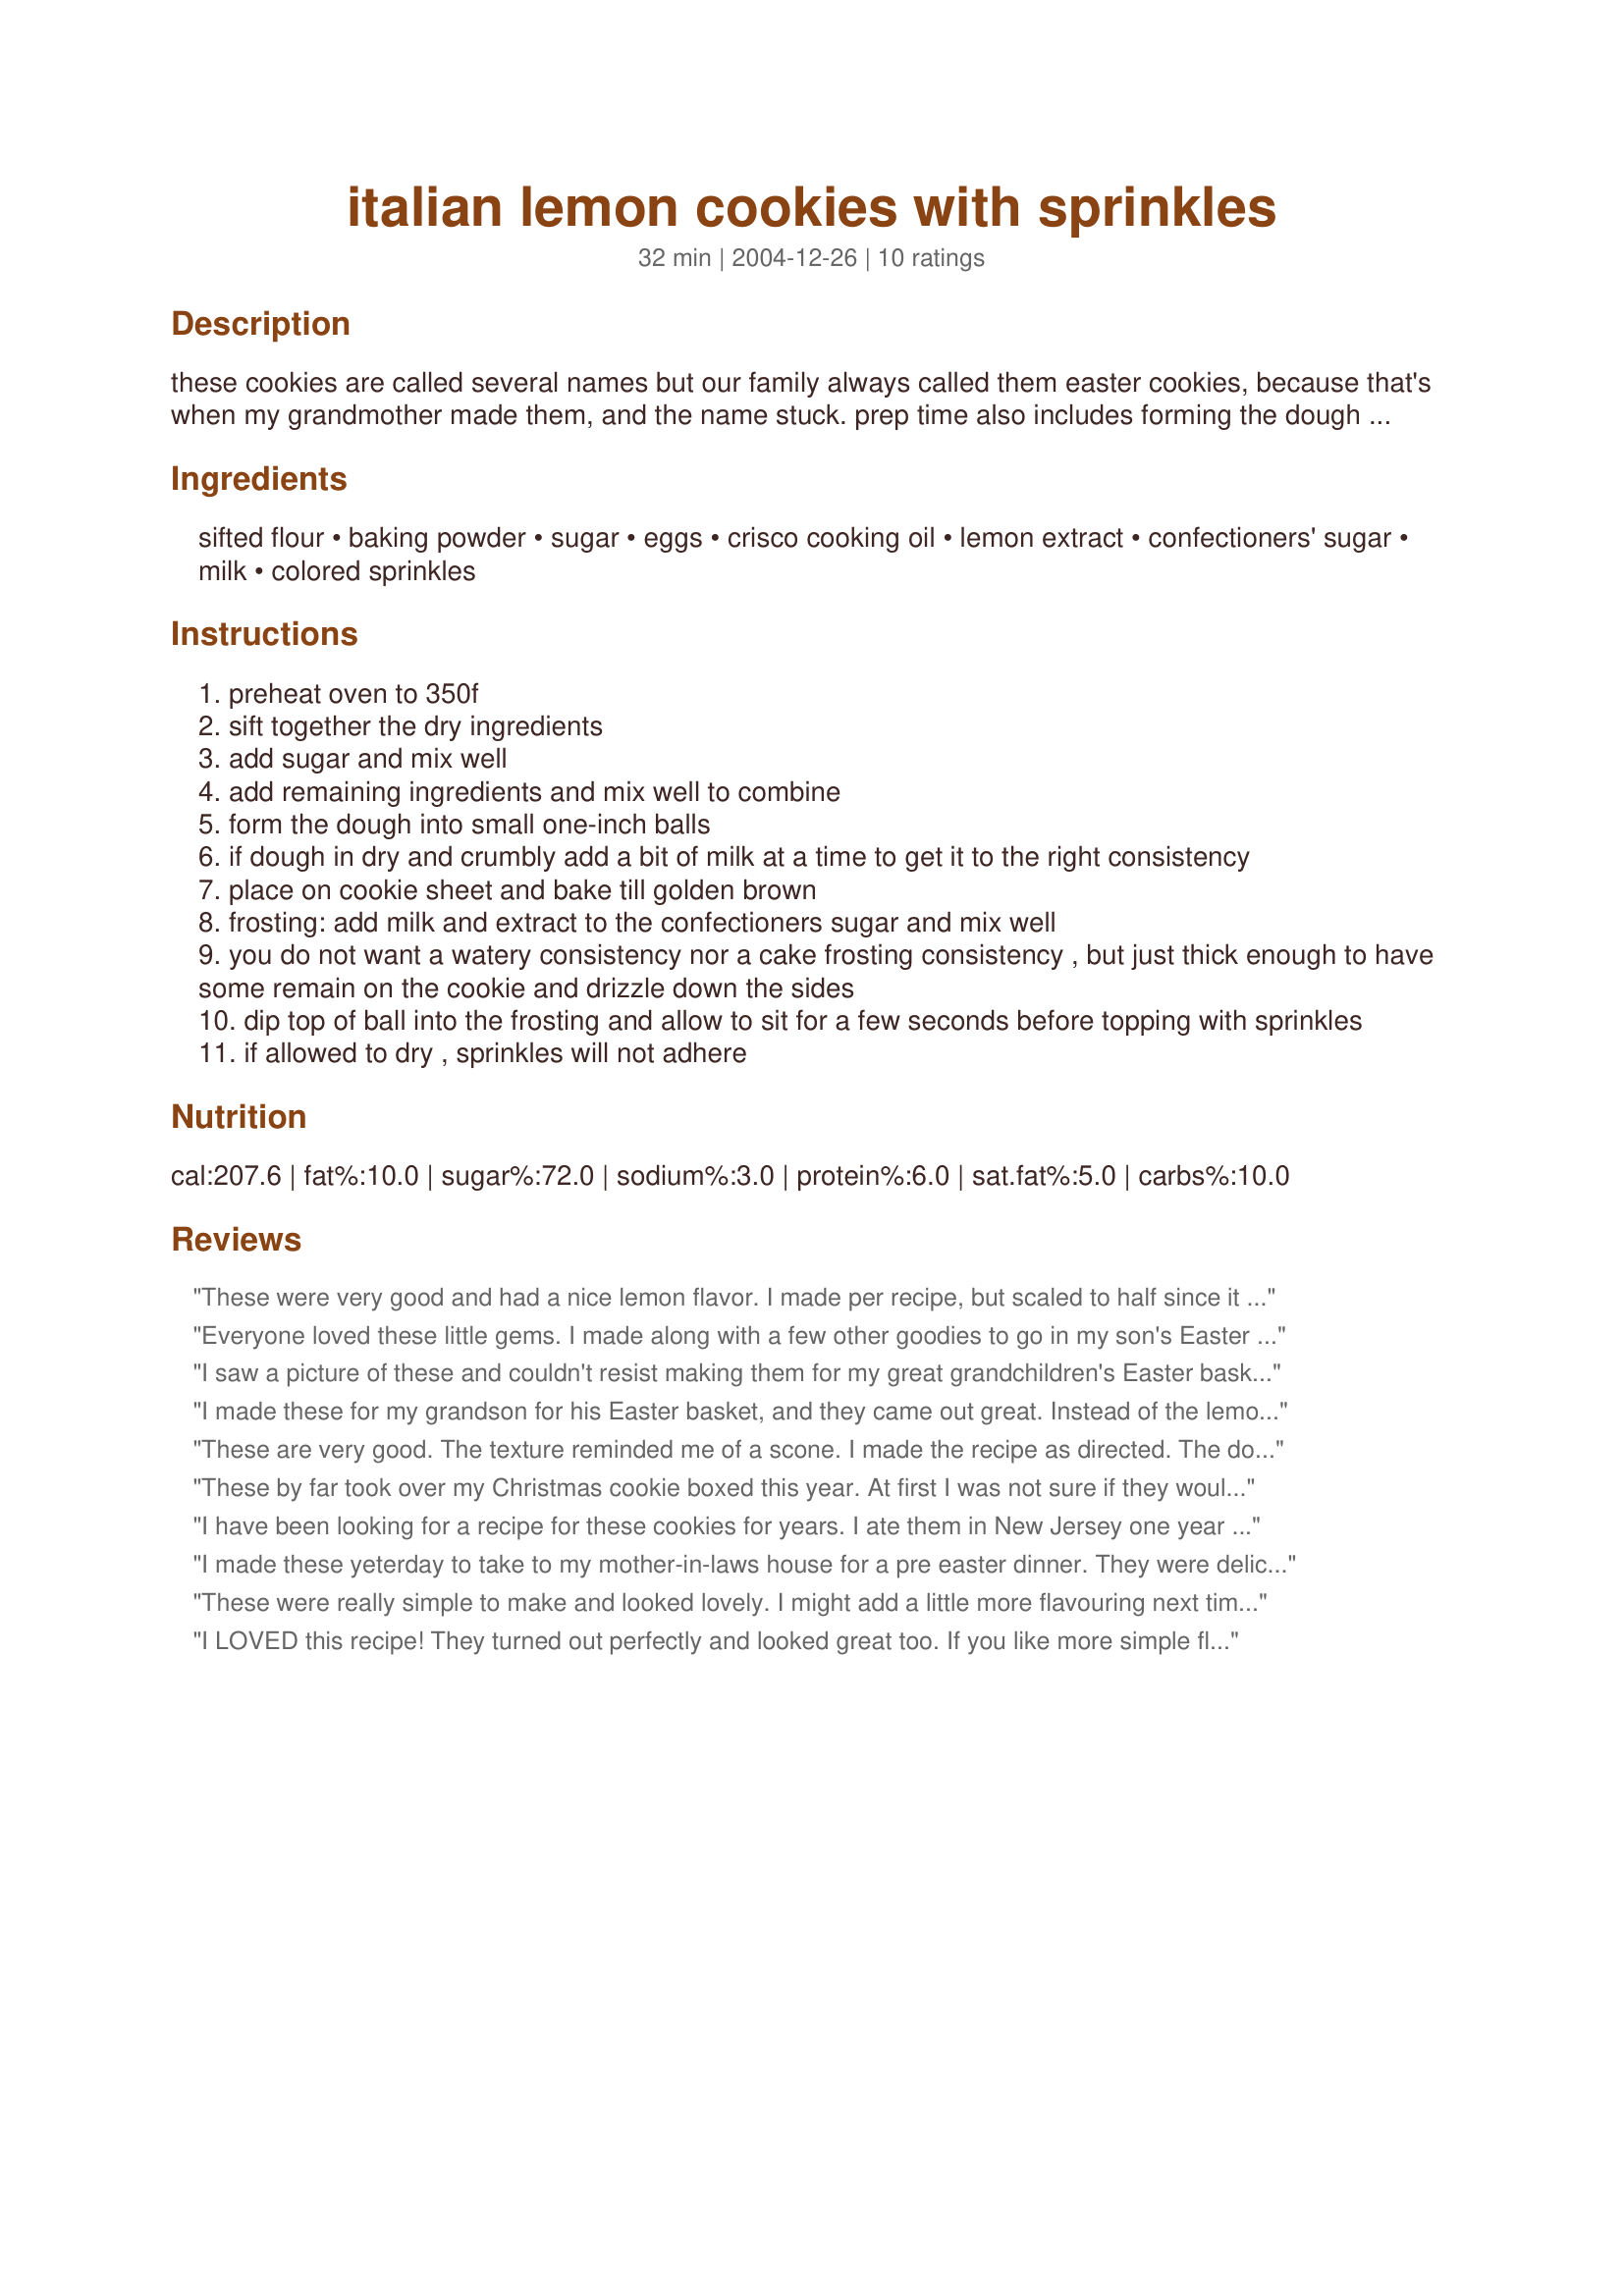
italian lemon cookies with sprinkles
Preparation time: 32 minutes

these cookies are called several names but our family always called them easter cookies, because that's when my grandmother made them, and the name stuck. prep time also includes forming the dough into desired shapes. amount of cookies will vary depending on their size.

Ingredients:
sifted flour, baking powder, sugar, eggs, crisco cooking oil, lemon extract, confectioners' sugar, milk, colored sprinkles

Steps:
preheat oven to 350f
sift together the dry ingredients
add sugar and mix well
add remaining ingredients and mix well to combine
form the dough into small one-inch balls
if dough in dry and crumbly add a bit of milk at a time to get it to the right consistency
place on cookie sheet and bake till golden brown
frosting: add milk and extract to the confectioners sugar and mix well
you do not want a watery consistency nor a cake frosting consistency , but just thick enough to have some remain on the cookie and drizzle down the sides
dip top of ball into the frosting and allow to sit for a few seconds before topping with sprinkles
if allowed to dry , sprinkles will not adhere

Reviews:
These were very good and had a nice lemon flavor. I made per recipe, but scaled to half since it appeared to make a lot more than I needed (I ended up with 47, which was plenty). I wouldn't skip the icing--not only does it add to the flavor, it makes them more attractive (even though I rolled the balls very smoothly, the tops of the cookies didn't bake up smoothly). These were enjoyed as one of the desserts at our Easter dinner. Thanks for sharing your grandmother's recipe!
Everyone loved these little gems. I made along with a few other goodies to go in my son's Easter Baskets. Were they ever surprised at all the great things from Zaar that I put in their baskets. These sure put a smile on everyone's face and they looked so pretty. I colored the icing with different colors and used different kinds of sprinkles. They were definately a hit!
I saw a picture of these and couldn't resist making them for my great grandchildren's Easter baskets this year. They looked so cute along with all the other homemade goodies I made them this year. I plan to make them for Christmas too, using red and green coloring and decorative jimmies and nuts etc. on top.
I made these for my grandson for his Easter basket, and they came out great. Instead of the lemon, I used orange juice and orange zest. Came out excellent! I also dyed the frosting different colors, for variation in the basket, making, blue, green, pink and orange tops then used pastel sprinkles. Very cute!
These are very good. The texture reminded me of a scone. I made the recipe as directed. The dough was not too crumbly so I made one batch, these turned out a little dry so I added 2 tablespoons of milk to the rest of the batter and mixed with my hands. The next batch was more most and held togehter nicely. For the icing, I added 1/4 cup of milk then added an 1/8 of a cup to get the right consistancy. I also added yellow food coloring gel to give the cookies a nice color. All of my family loved these cookies. Thank you so much for sharing.
These by far took over my Christmas cookie boxed this year. At first I was not sure if they would come out well, but they were decadent, moist, dense and yet light all at the same time. Ever bit was full of lemon flavor, not too much, but enough to make you know its definitely lemon.<br/><br/>I can't say enough, bake them. You will love them!
I have been looking for a recipe for these cookies for years. I ate them in New Jersey one year ( I believe christmas time) and I never forgot them. They were called Knots by the people there. These cookies are fantastic!!!!!!!! Thanks for the recipe.
Nena
I made these yeterday to take to my mother-in-laws house for a pre easter dinner. They were delicious! I added yellow food coloring to the icing to make them look more festiv of the the easter holiday. I did over cook the first two batches causing them to turn out on the dry side, but they were still good enough to have with coffee. So I recommend keeping an eye out on them so they are not over done. I will be making these again for more than just easter. Thanks for the great recipe!
These were really simple to make and looked lovely. I might add a little more flavouring next time or try almond or vanilla instead of lemon as I found they could do with a little extra taste. I dipped some in chocolate instead of icing and sprinkle which also worked well. The recipe makes loads! Thanks for sharing Pauline! :)
I LOVED this recipe! They turned out perfectly and looked great too. If you like more simple flavors, this is the recipe for you. I would not suggest changing anything in regards to ingrediants or the amount. Thanks for sharing, I will continue to make these for a long time. :)
